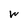
Character: W